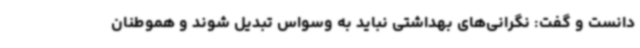
دانست و گفت: نگرانی‌های بهداشتی نباید به وسواس تبدیل شوند و هموطنان